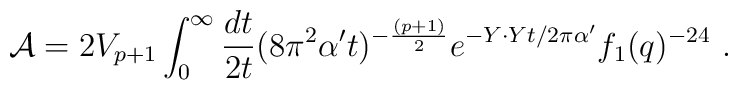
{\cal A}=2V_{p+1} \int_0^\infty {dt\over 2t} (8\pi^2 {\alpha^\prime}t)^{-{(p+1)\over2}} e^{-Y \cdot Y t/ 2\pi{\alpha^\prime}} f_1(q)^{-24}\ .